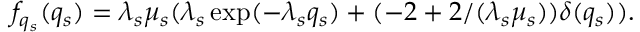
f _ { q _ { s } } ( q _ { s } ) = \lambda _ { s } \mu _ { s } ( \lambda _ { s } \exp ( - \lambda _ { s } q _ { s } ) + ( - 2 + 2 / ( \lambda _ { s } \mu _ { s } ) ) \delta ( q _ { s } ) ) .